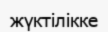
жүктілікке